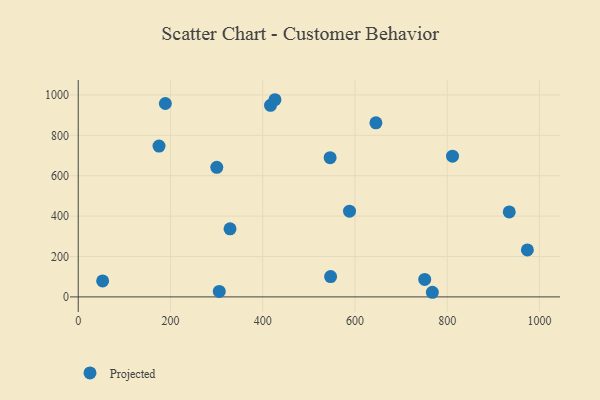
{"axis": {"x": "Ad Spend", "y": "Fuel Efficiency"}, "legend": ["Projected"], "data": [{"x": "811.5", "y": 696.5, "type": "Projected"}, {"x": "934.5", "y": 420.9, "type": "Projected"}, {"x": "588.2", "y": 424.4, "type": "Projected"}, {"x": "546.1", "y": 689.3, "type": "Projected"}, {"x": "52.9", "y": 78.9, "type": "Projected"}, {"x": "547.2", "y": 100.6, "type": "Projected"}, {"x": "416.9", "y": 948.3, "type": "Projected"}, {"x": "188.9", "y": 957.5, "type": "Projected"}, {"x": "973.8", "y": 232.8, "type": "Projected"}, {"x": "751.2", "y": 86.4, "type": "Projected"}, {"x": "175.2", "y": 746.5, "type": "Projected"}, {"x": "426.5", "y": 976.2, "type": "Projected"}, {"x": "300.4", "y": 641.7, "type": "Projected"}, {"x": "329.1", "y": 337.0, "type": "Projected"}, {"x": "305.8", "y": 27.1, "type": "Projected"}, {"x": "767.8", "y": 22.9, "type": "Projected"}, {"x": "645.4", "y": 861.7, "type": "Projected"}]}